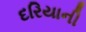
દરિયાની